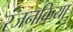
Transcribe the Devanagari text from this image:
रंजनक्रिया